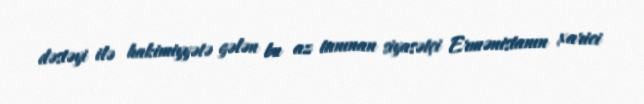
dəstəyi ilə hakimiyyətə gələn bu az tanınan siyasətçi Ermənistanın xarici